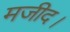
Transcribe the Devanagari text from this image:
मजीद।